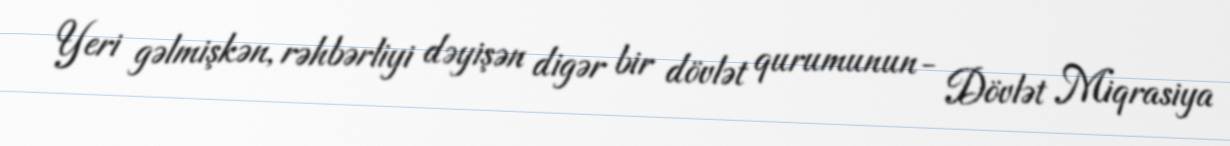
Yeri gəlmişkən, rəhbərliyi dəyişən digər bir dövlət qurumunun- Dövlət Miqrasiya